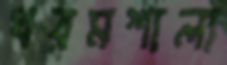
ধরমশালা